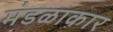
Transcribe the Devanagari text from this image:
मंडळाकार